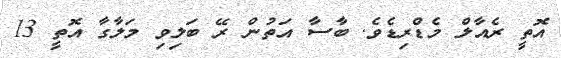
އޮތީ ރެއާލް މެޑްރިޑެވެ. ބާސާ އަތުން ރޭ ބަލިވި މަލާގާ އޮތީ 13